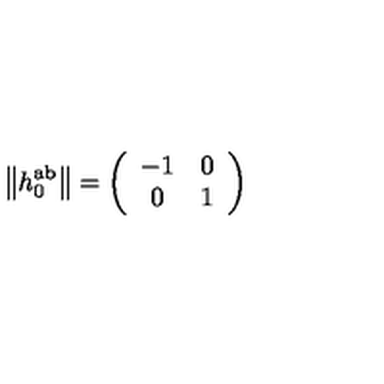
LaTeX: \left\| h _ { 0 } ^ { \mathrm { a b } } \right\| = \left( \begin{array} { c c } { - 1 } & { 0 } \\ { 0 } & { 1 } \\ \end{array} \right)